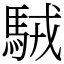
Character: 駥